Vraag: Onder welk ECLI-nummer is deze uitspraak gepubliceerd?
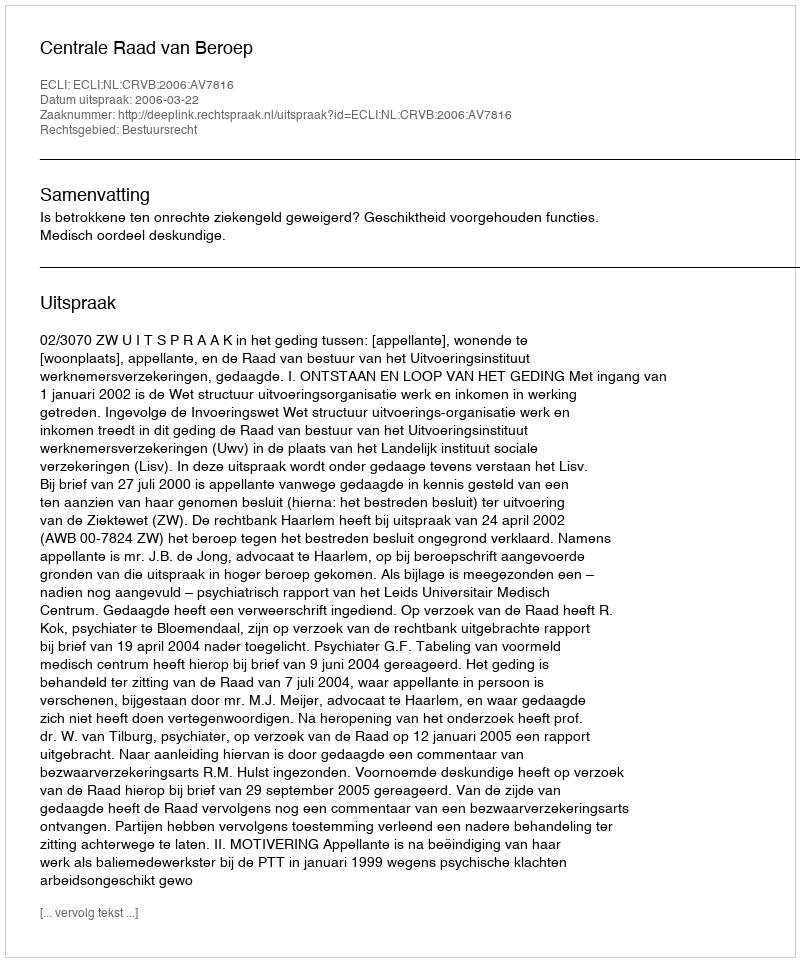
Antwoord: ECLI:NL:CRVB:2006:AV7816